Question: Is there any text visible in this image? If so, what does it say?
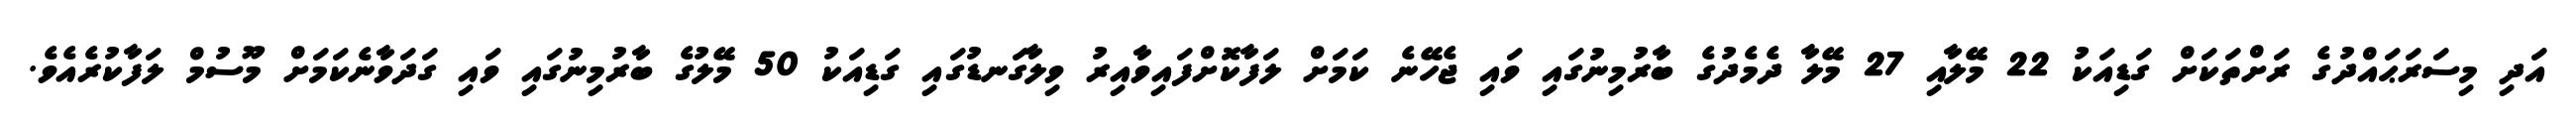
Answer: އަދި މިސަރަޙައްދުގެ ރަށްތަކަށް ގަޑިއަކު 22 މޭލާއި 27 މޭލާ ދެމެދުގެ ބާރުމިނުގައި ވައި ޖެހޭނެ ކަމަށް ލަފާކޮށްފައިވާއިރު ވިލާގަނޑުގައި ގަޑިއަކު 50 މޭލުގެ ބާރުމިނުގައި ވައި ގަދަވާނެކަމަށް މޫސުމް ލަފާކުރެއެވެ.